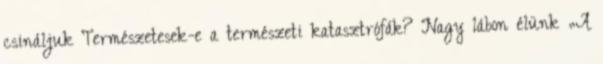
csináljuk Természetesek-e a természeti katasztrófák? Nagy lábon élünk „A